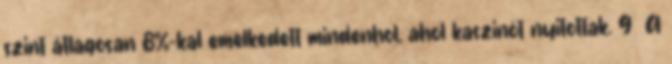
szint átlagosan 8%-kal emelkedett mindenhol, ahol kaszinót nyitottak. 9 A